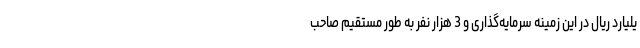
یلیارد ریال در این زمینه سرمایه‌گذاری و 3 هزار نفر به طور مستقیم صاحب